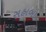
સહાબા